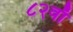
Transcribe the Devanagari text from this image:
८२वाँ